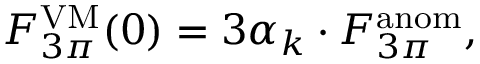
F _ { 3 \pi } ^ { \mathrm { V M } } ( 0 ) = 3 \alpha _ { k } \cdot F _ { 3 \pi } ^ { \mathrm { a n o m } } ,